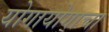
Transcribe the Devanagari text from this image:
योगायोगाचा